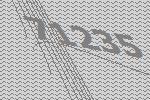
71235